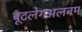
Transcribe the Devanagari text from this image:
बूटलेगअलबम